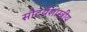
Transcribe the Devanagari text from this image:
सौदर्यशास्त्रीय